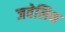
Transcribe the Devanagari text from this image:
जवेलिन